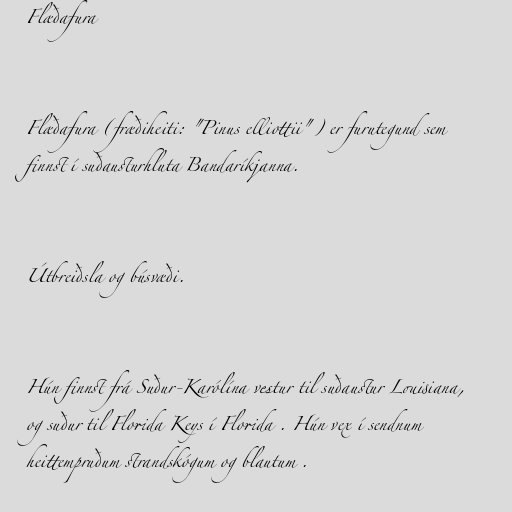
Flæðafura

Flæðafura (fræðiheiti: "Pinus elliottii") er furutegund sem
finnst í suðausturhluta Bandaríkjanna.

Útbreiðsla og búsvæði.

Hún finnst frá Suður-Karólína vestur til suðaustur Louisiana,
og suður til Florida Keys í Florida . Hún vex í sendnum
heittempruðum strandskógum og blautum .